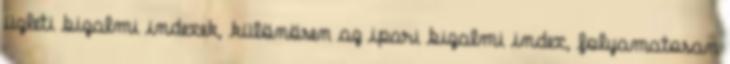
üzleti bizalmi indexek, különösen az ipari bizalmi index, folyamatosan